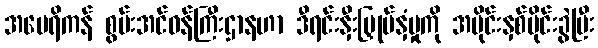
အမေရိကန် စွမ်းအင်ဝန်ကြီးဌာနဟာ ဒီရင်းနှီးမြှုပ်နှံမှုကို အပိုင်းနှစ်ပိုင်းခွဲပြီး